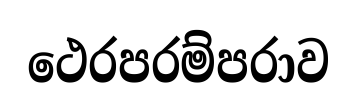
ථෙරපරම්පරාව